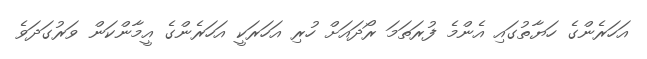
އަހަރެންގެ ހަޔާތުގައި އެންމެ ފުރަތަމަ ރޯދައަށް ހުރި އަހަރަކީ އަހަރެންގެ އީމާންކަން ވަރުގަދަވެ